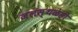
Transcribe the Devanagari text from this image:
जलस्थळेही